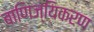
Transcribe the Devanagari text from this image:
बाणिज्यिकरण